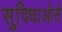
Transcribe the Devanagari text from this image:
सुविधाओसे